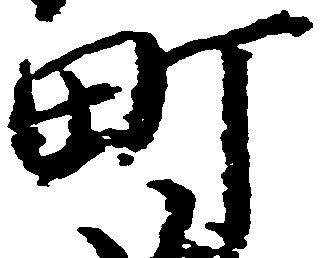
町